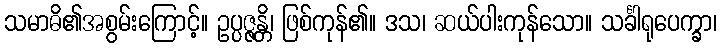
သမာဓိ၏အစွမ်းကြောင့်။ ဥပ္ပဇ္ဇန္တိ၊ ဖြစ်ကုန်၏။ ဒသ၊ ဆယ်ပါးကုန်သော။ သင်္ခါရုပေက္ခာ၊